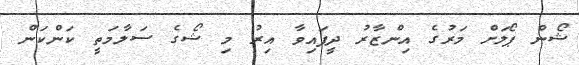
ޝޯން ޕޯލަށް މަރުގެ އިންޒާރު ދީފައިވާ އިރު މި ޝޯގެ ސަލާމަތީ ކަންކަން